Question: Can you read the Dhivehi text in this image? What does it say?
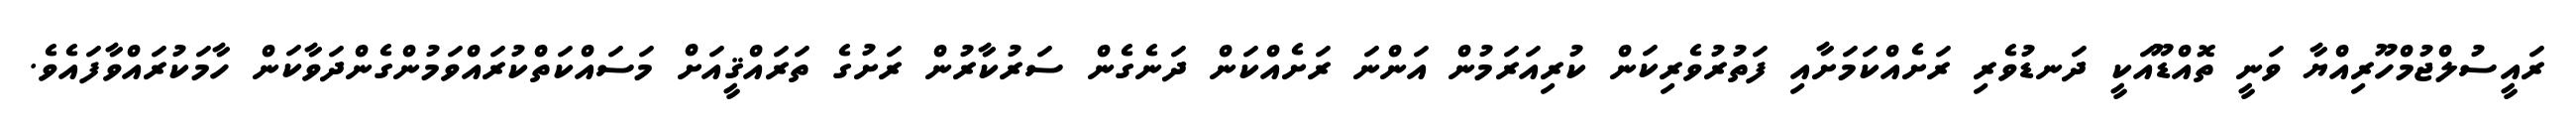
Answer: ރައީސުލްޖުމްހޫރިއްޔާ ވަނީ ތޮއްޑޫއަކީ ދަނޑުވެރި ރަށެއްކަމަށާއި ފަތުރުވެރިކަން ކުރިއަރަމުން އަންނަ ރަށެއްކަން ދަނެގެން ސަރުކާރުން ރަށުގެ ތަރައްޤީއަށް މަސައްކަތްކުރައްވަމުންގެންދަވާކަން ހާމަކުރައްވާފައެވެ.